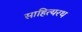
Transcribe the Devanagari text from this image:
साहित्यरथ